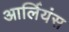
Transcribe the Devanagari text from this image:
आर्लियंस